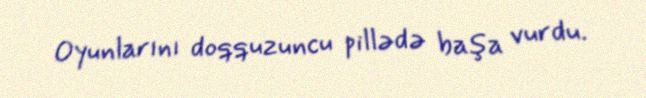
Oyunlarını doqquzuncu pillədə başa vurdu.